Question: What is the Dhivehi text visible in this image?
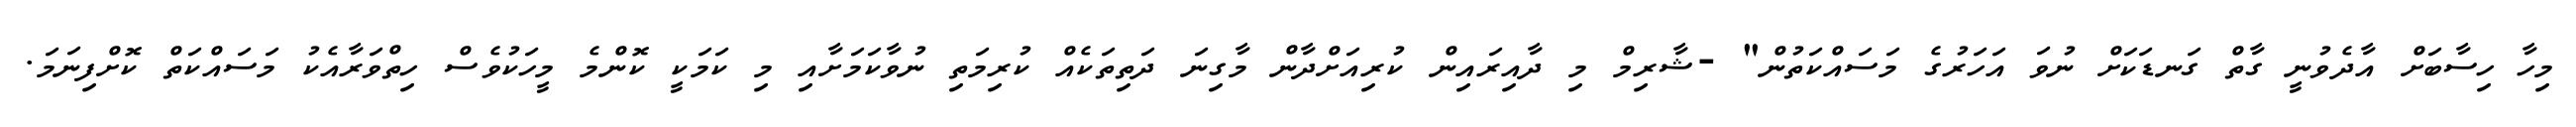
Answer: މިހާ ހިސާބަށް އާދެވުނީ ގާތް ގަނޑަކަށް ނުވަ އަހަރުގެ މަސައްކަތުން" -ޝާރިމް މި ދާއިރައިން ކުރިއަށްދާން މާގިނަ ދަތިތަކެއް ކުރިމަތި ނުވާކަމަށާއި މި ކަމަކީ ކޮންމެ މީހަކުވެސް ހިތްވަރާއެކު މަސައްކަތް ކޮށްފިނަމަ.